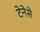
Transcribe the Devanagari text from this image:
टेनेसे